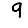
Digit: 9